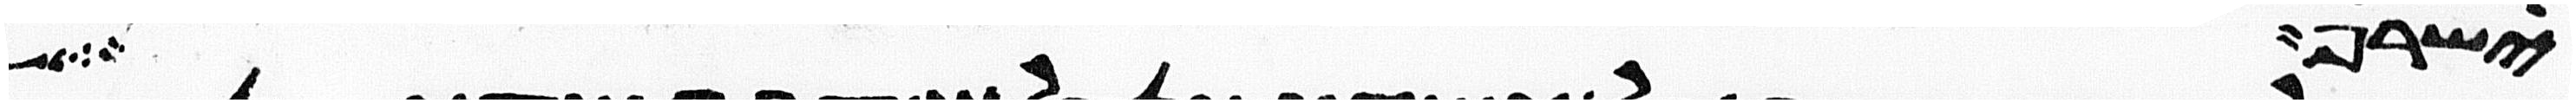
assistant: ישרף הבשר